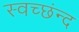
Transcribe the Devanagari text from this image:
स्वच्छंन्द